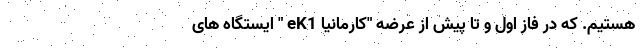
هستیم. که در فاز اول و تا پیش از عرضه "کارمانیا eK1 " ایستگاه های